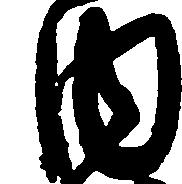
内